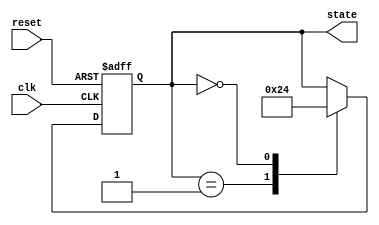
module ring_counter #(parameter N = 4) (
    input wire clk,       // Clock signal
    input wire reset,     // Asynchronous reset signal
    output reg [N-1:0] state // Output state of the ring counter
);

// Internal variable to hold the next state
reg [N-1:0] next_state;

// Always block for synchronous state transition
always @(posedge clk or posedge reset) begin
    if (reset) begin
        // Initialize the state to 1 at the first memory block
        state <= 1'b1 << 0; // Reset to 0001 for N=4
    end else begin
        // Update the state to the next state
        state <= next_state;
    end
end

// Combinational logic to determine the next state
always @(*) begin
    case (state)
        1'b1 << 0: next_state = 1'b1 << 1; // 0001 -> 0010
        1'b1 << 1: next_state = 1'b1 << 2; // 0010 -> 0100
        1'b1 << 2: next_state = 1'b1 << 3; // 0100 -> 1000
        1'b1 << 3: next_state = 1'b1 << 0; // 1000 -> 0001
        default:   next_state = state;      // Maintain state if invalid
    endcase
end

endmodule